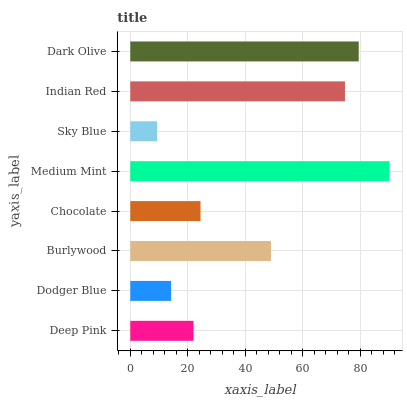
| yaxis_label | bars |
 | --- | --- |
 | Deep Pink | 22 |
 | Dodger Blue | 14.2 |
 | Burlywood | 48.9 |
 | Chocolate | 24.4 |
 | Medium Mint | 90.2 |
 | Sky Blue | 9.31 |
 | Indian Red | 74.7 |
 | Dark Olive | 79.5 |